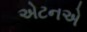
એટનએ